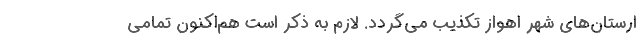
ارستان‌های شهر اهواز تکذیب می‌گردد. لازم به ذکر است هم‌اکنون تمامی